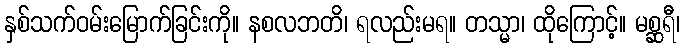
နှစ်သက်ဝမ်းမြောက်ခြင်းကို။ နစလဘတိ၊ ရလည်းမရ။ တသ္မာ၊ ထိုကြောင့်။ မစ္ဆရီ၊